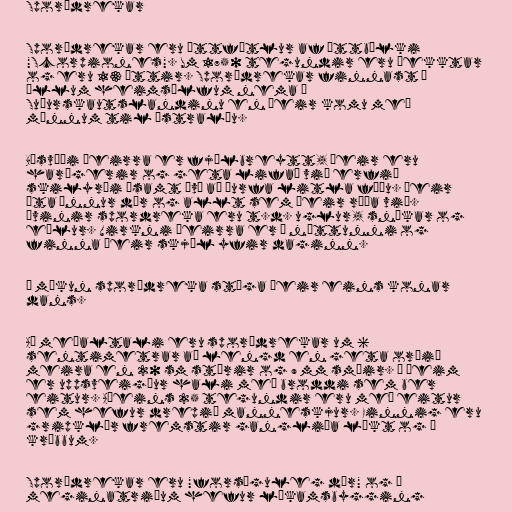
Sporðdrekar

Sporðdrekar eru áttfætlur af ættbálki
"Scorpiones". Um 1750 tegundir eru þekktar
og eru 13 ættir. Sporðdrekar finnast í
öllum heimsálfum nema á
Suðurskautslandinu en þeir komu með
mönnum til Ástralíu.

Búsvæði þeirra er fjölbreytt, þeir eru
harðgerir og geta lifað við erfið
skilyrði ásamt því að þurfa litla fæðu. Þeir
éta önnur dýr og allt sem þeir ráða við.
Óvinir spordreka eru t.d. uglur, snákar og
eðlur. Virkni þeirra er á nóttunni og
finna þeir skjól yfir daginn.

Í mökun sporðdreka stíga þeir eins konar
dans.

Að meðaltali eru sporðdrekar um 6
sentimetrar að lengd en geta orðið
meira en 20 sm stórir og 9 mm smáir. Á þeim
er uppsveigður hali með broddi sem ber
eitur. Aðeins 25 tegundir eru með eitur
sem hefur drepið manneskjur. Einnig eru
gripklær fremstir gangliða líkt og á
kröbbum.

Sporðdrekar eru "forsöguleg dýr" og í
meginatriðum hefur líkamsbygging